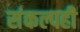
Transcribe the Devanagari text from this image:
संकल्पही